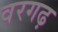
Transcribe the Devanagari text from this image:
वरगढ़